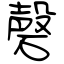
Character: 磬